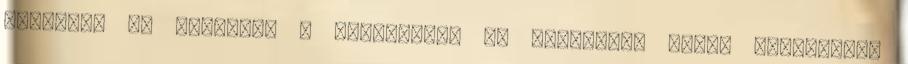
esetben, ha törölték a járatomat? Ha bármilyen okból kifolyólag